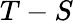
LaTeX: T-S